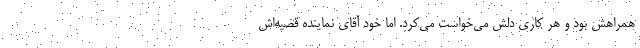
همراهش بود و هر کاری دلش می‌خواست می‌کرد. اما خود آقای نماینده قضیه‌اش